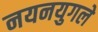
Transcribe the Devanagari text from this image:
नयनयुगले